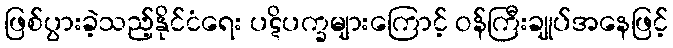
ဖြစ်ပွားခဲ့သည့်နိုင်ငံရေး ပဋိပက္ခများကြောင့် ဝန်ကြီးချုပ်အနေဖြင့်